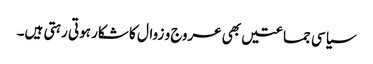
سیاسی جماعتیں بھی عروج و زوال کا شکار ہوتی رہتی ہیں۔